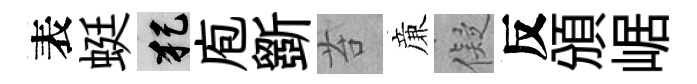
表蜓犯庖斵苔亷儗反頒崌